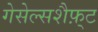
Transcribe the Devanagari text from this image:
गेसेल्सशैफ़्ट